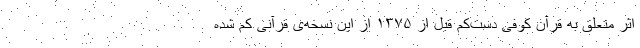
اثر متعلق به قرآن کوفی دست‌کم قبل از ۱۳۷۵ از این نسخه‌ی قرآنی کم شده